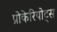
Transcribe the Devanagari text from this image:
प्रोकेरियोट्स